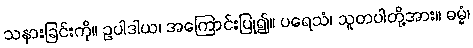
သနားခြင်းကို။ ဥပါဒါယ၊ အကြောင်းပြု၍။ ပရေသံ၊ သူတပါတို့အား။ ဓမ္မံ၊